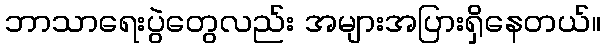
ဘာသာရေးပွဲတွေလည်း အများအပြားရှိနေတယ်။